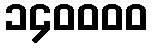
၁၄၀၀၀၀